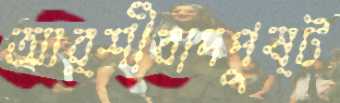
আর্শীবাদপুষ্ট